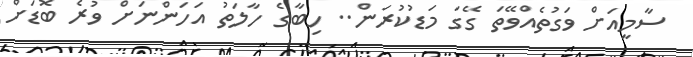
ސާމީއަށް ވަގުތެއްވޭތަ ގޭގަ މަޑުކުރަން.. ހިބާގެ ހާލަތު އަހަންނަށް ވުރެ ބޮޑަށް